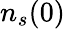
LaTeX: n_{s}(0)